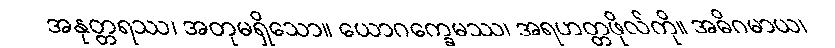
အနုတ္တရဿ၊ အတုမရှိသော။ ယောဂက္ခေမဿ၊ အရဟတ္တဖိုလ်ကို။ အဓိဂမာယ၊